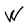
Character: W